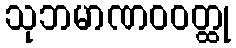
သုဘမာဏဝဝတ္ထု